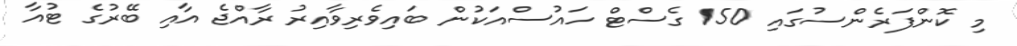
މި ކޮންފަރެންސުގައި 150 ގެސްޓް ހައުސްއަކުން ބައިވެރިވާއިރު ރާއްޖެ އާއި ބޭރުގެ ޓުއާ